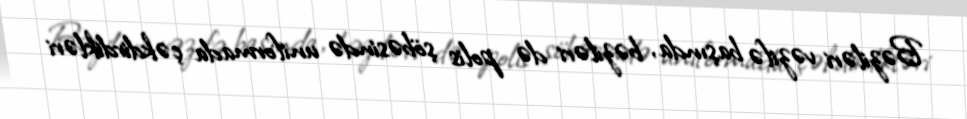
Bəziləri vəzifə başında, bəziləri də polis şöbəsində uniformada çəkdirdikləri